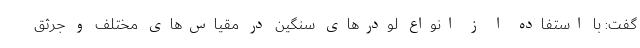
گفت: با استفاده ا ز انواع لودرهای سنگین در مقیاس‌های مختلف و جرثق